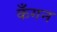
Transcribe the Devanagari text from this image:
कँगन